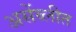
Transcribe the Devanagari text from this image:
असेंब्लीत